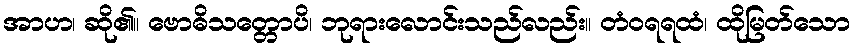
အာဟ၊ ဆို၏။ ဗောဓိသတ္တောပိ၊ ဘုရားလောင်းသည်လည်း။ တံဝရရထံ၊ ထိုမြတ်သော